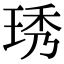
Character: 琇